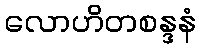
လောဟိတစန္ဒနံ